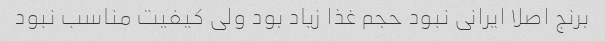
برنج اصلا ایرانی نبود حجم غذا زیاد بود ولی کیفیت مناسب نبود